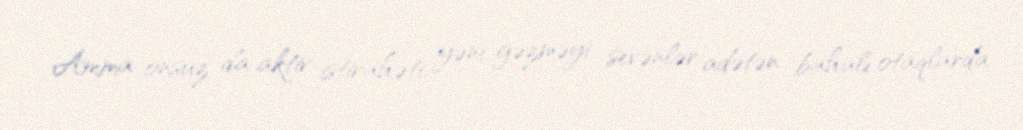
Amma onsuz da aktiv istirahəti, yəni gəzməyi sevənlər adətən bahalı otaqlarda